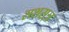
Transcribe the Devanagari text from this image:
सशस़्त्र